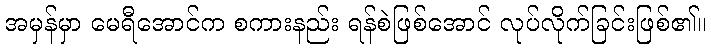
အမှန်မှာ မေရီအောင်က စကားနည်း ရန်စဲဖြစ်အောင် လုပ်လိုက်ခြင်းဖြစ်၏။